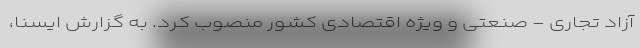
آزاد تجاری - صنعتی و ویژه اقتصادی کشور منصوب کرد. به گزارش ایسنا،